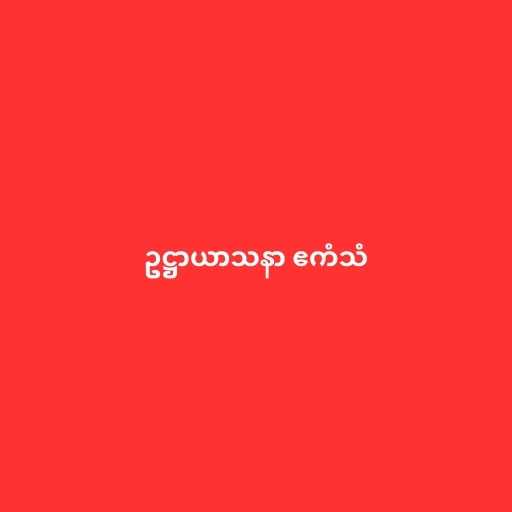
ဥဋ္ဌာယာသနာ ဧကံသံ